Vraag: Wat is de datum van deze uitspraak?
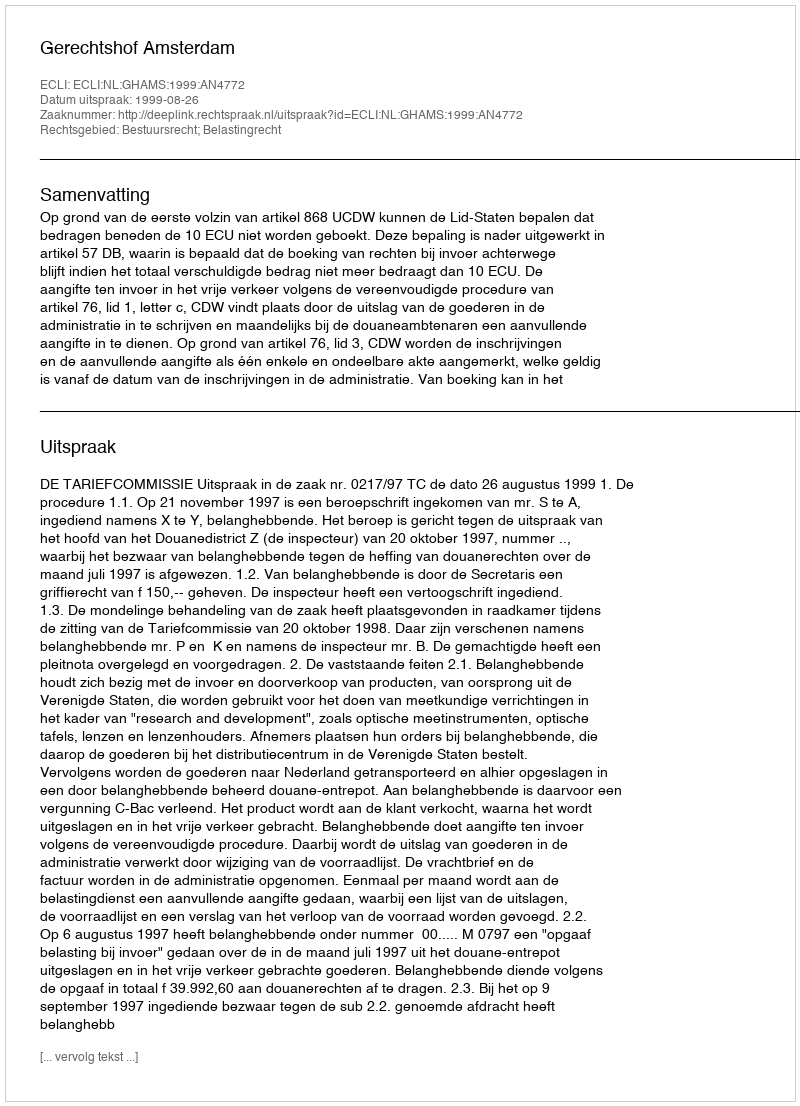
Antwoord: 1999-08-26